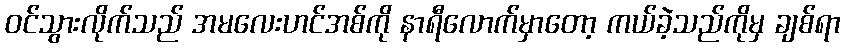
ဝင်သွားလိုက်သည် အမလေးဟင်အစ်ကို နာရီလောက်မှာတော့ ကယ်ခဲ့သည်ကိုမှ ချစ်ရာ